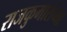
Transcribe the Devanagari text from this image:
राजकुमारांच्या